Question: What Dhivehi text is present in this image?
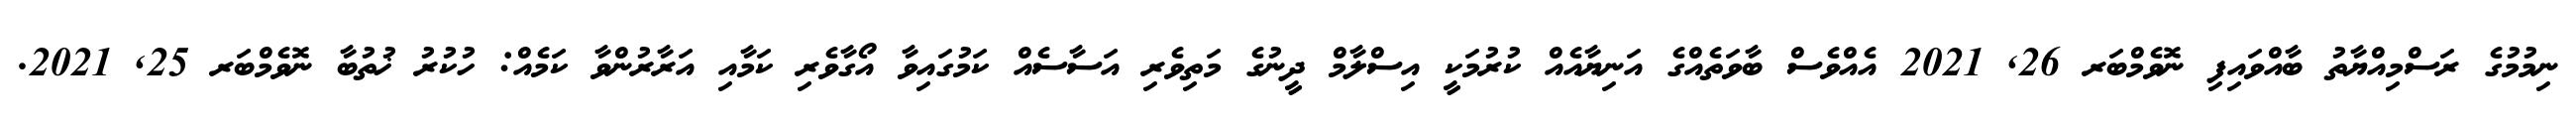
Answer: ނިމުމުގެ ރަސްމިއްޔާތު ބާއްވައިފި ނޮވެމްބަރ 26, 2021 އެއްވެސް ބާވަތެއްގެ އަނިޔާއެއް ކުރުމަކީ އިސްލާމް ދީނުގެ މަތިވެރި އަސާސެއް ކަމުގައިވާ އޯގާވެރި ކަމާއި އަރާރުންވާ ކަމެއް: ހުކުރު ޚުތުބާ ނޮވެމްބަރ 25, 2021.